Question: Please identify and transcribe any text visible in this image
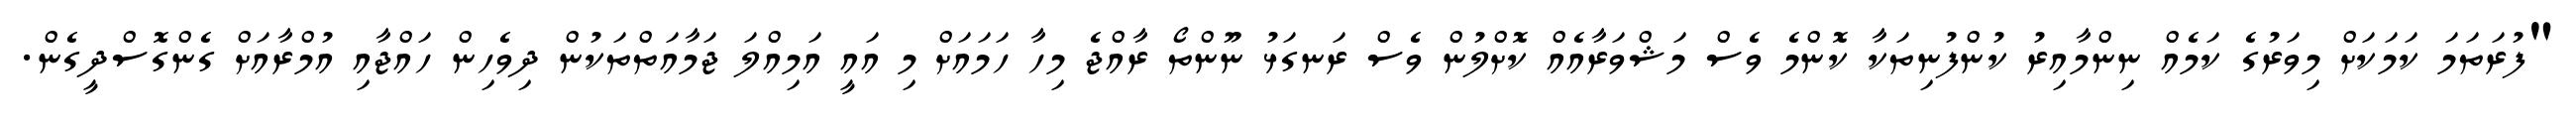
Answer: "ފުރަތަމަ ކަމަކަށް މިވަރުގެ ކަމެއް ނިންމާއިރު ކުންފުނިތަކާ ކޮންމެ ވެސް މަޝްވަރާއެއް ކޮށްލުން ވެސް ރަނގަޅު ނޫންތޯ ރާއްޖެ މިހާ ހަމައަށް މި އައީ އަމިއްލަ ޖަމާއަތްތަކުން ދިވެހިން ހައްޖާއި އުމްރާއަށް ގެންގޮސްދީގެން.